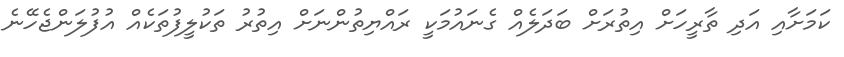
ކަމަށާއި އަދި ތާރީހަށް އިތުރަށް ބަދަލެއް ގެނައުމަކީ ރައްޔިތުންނަށް އިތުރު ތަކުލީފުތަކެއް އުފުލަންޖެހޭނެ